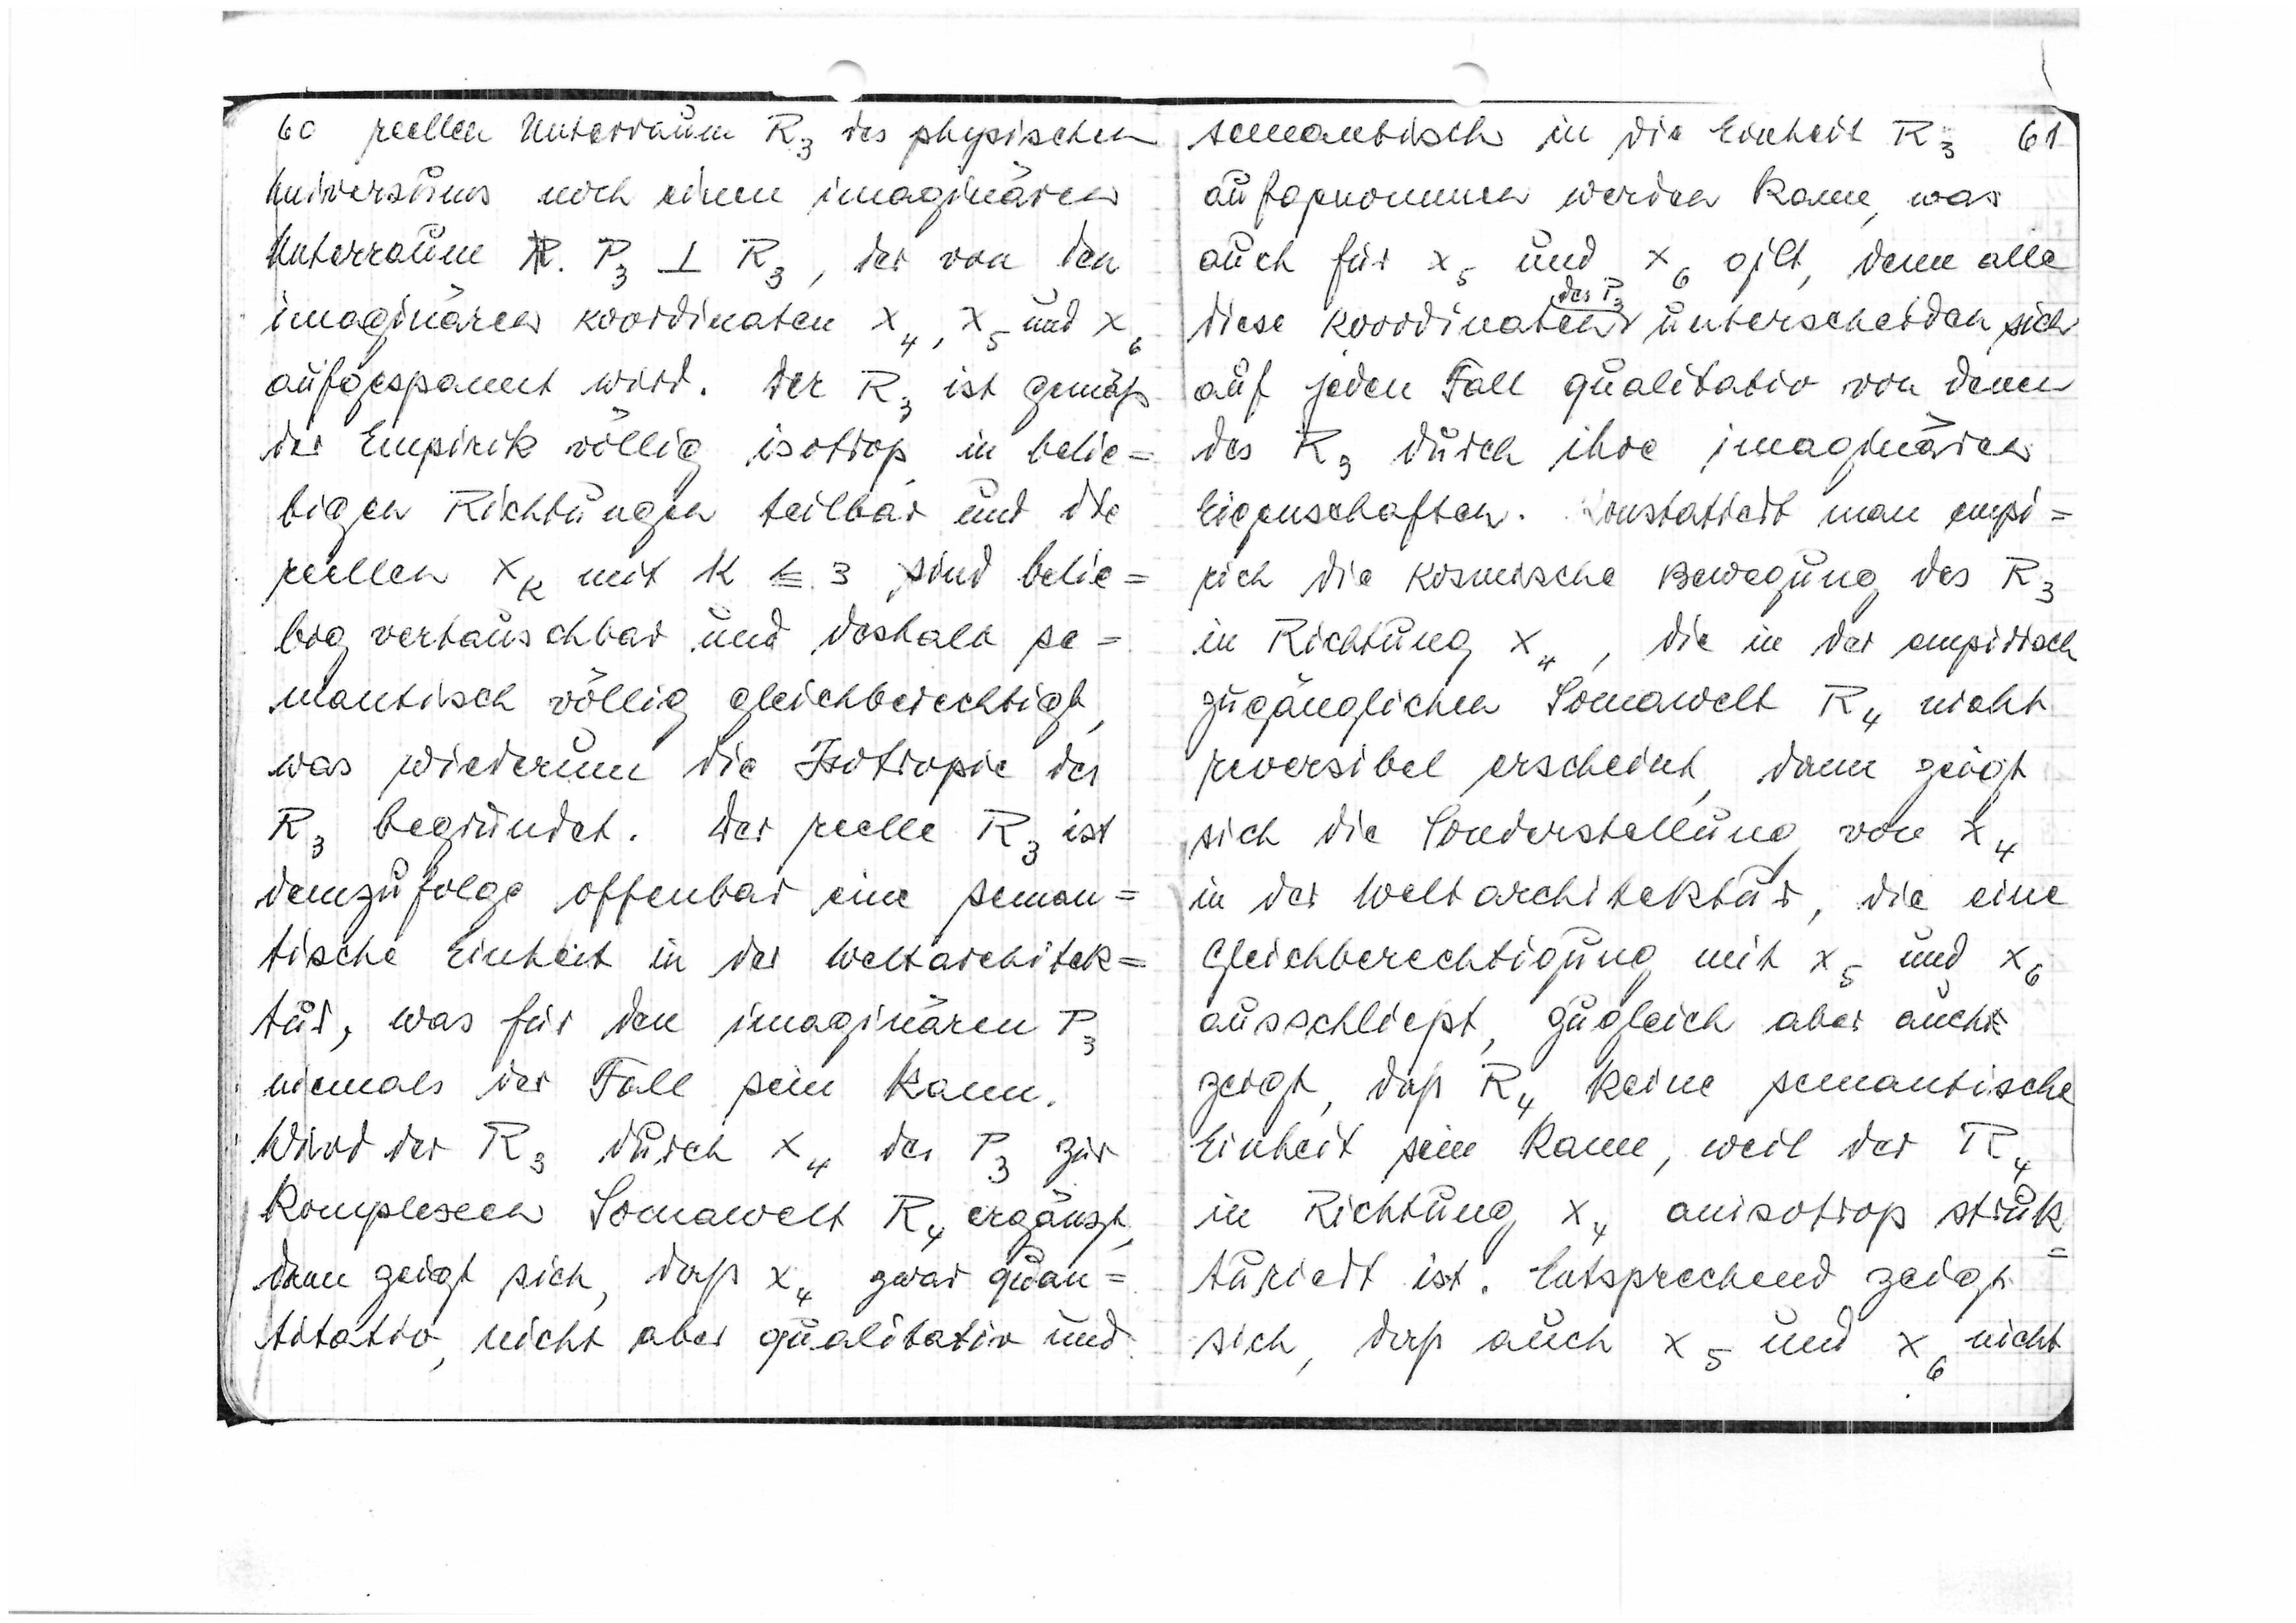
60
reellen Unterraum R3 des physischen
Universums nach einen imaginären
Unterraum P3

R3, der von den
imaginären Koordinaten x4, x5 und x6
aufgespannt wird. Der R3 ist gemäß
der Empirik völlig isotrop in belie=
bigen Richtungen teilbar und die
reellen xk mit k ≦ 3 sind belie=
big vertauschbar und deshalb se=
mantisch völlig gleichberechtigt,
was wiederum die Isotropie des
R3 begründet. Der reelle R3 ist
demzufolge offenbar eine seman=
tische Einheit in der Weltarchitek=
tur, was für den imaginären P3
niemals der Fall sein kann.
Wird der R3 durch x4 des P3 zur
komplexen Somawelt R4 ergänzt,
dann zeigt sich, daß x4 zwar quan=
titativ, nicht aber qualitativ und

sematisch in die Einheit R3
61
aufgenommen werden kann, was
auch für x5 und x6 gilt, denn alle
des P3
diese Koordinaten unterscheiden sich
auf jeden Fall qualitativ von denen
des R3 durch ihre imaginären
Eigenschaften. Konstatiert man empi=
risch diese kosmische Bewegung des R3
in Richtung x4, die in der empirisch
zugänglichen Somawelt R4 nicht
reversibel erscheint, dann zeigt
sich die Sonderstellung von x4
in der Weltarchitektur, die eine
Gleichberechtigung mit x5 und x6
ausschließt, zugleich aber auch
zeigt, daß R4 keine semantische
Einheit sein kann, weil der R4
in Richtung x4 anisotrop struk
turiert ist. Entsprechend zeigt
sich, daß auch x5 und x6 nicht